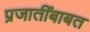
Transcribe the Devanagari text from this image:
प्रजातींबाबत